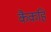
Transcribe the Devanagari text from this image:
कैकहि